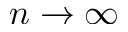
n \to \infty